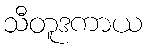
သီတူဒကာယ